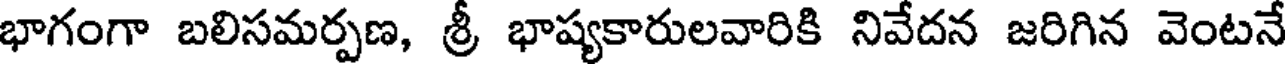
భాగంగా బలిసమర్పణ, శ్రీ భాష్యకారులవారికి నివేదన జరిగిన వెంటనే